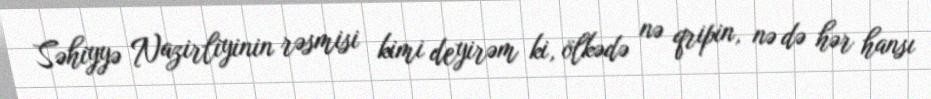
Səhiyyə Nazirliyinin rəsmisi kimi deyirəm ki, ölkədə nə qripin, nə də hər hansı